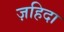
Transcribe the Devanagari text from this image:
ज़हिदा